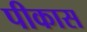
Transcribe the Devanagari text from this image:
पीकास